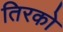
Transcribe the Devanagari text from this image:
तिरको